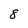
Character: 8